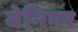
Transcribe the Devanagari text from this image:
बेनिगर